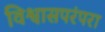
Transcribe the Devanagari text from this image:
विश्वासपरंपरा